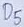
Text: D5